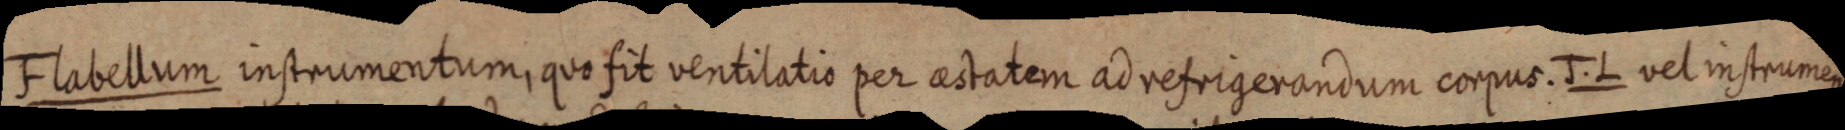
Flabellum instrumentum, quo fit ventilatio per aestatem ad refrigerandum corpus. J.L vel instrumen